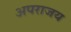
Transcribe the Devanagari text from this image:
अपराजय